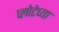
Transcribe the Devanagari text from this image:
प्लोटेच्या